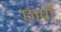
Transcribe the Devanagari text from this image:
छापीं